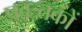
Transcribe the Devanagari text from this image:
प्रवत्र्तकों